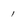
Character: 1